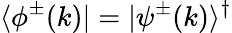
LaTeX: \langle\phi^{\pm}(k)|=|\psi^{\pm}(k)\rangle^{\dagger}